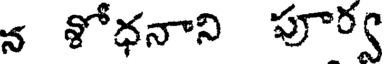
న శోధనాని పూర్వ